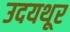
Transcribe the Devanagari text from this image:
उदयथूर